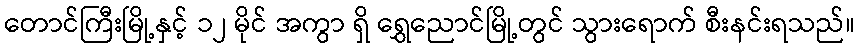
တောင်ကြီးမြို့နှင့် ၁၂ မိုင် အကွာ ရှိ ရွှေညောင်မြို့တွင် သွားရောက် စီးနင်းရသည်။